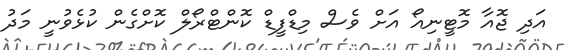
އަދި ޖޮއާ މޮޓީނިއޯ އަށް ވެސް މިޑްފީޑް ކޮންޓްރޯލް ކޮށްގެން ކުޅެވުނީ މަދު